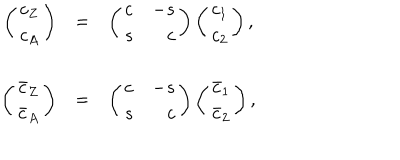
\begin{array} { r c l } { { \left( \begin{array} { c } { { c _ { Z } } } \\ { { c _ { A } } } \\ \end{array} \right) } } & { { = } } & { { \left( \begin{array} { l r } { { c } } & { { - s } } \\ { { s } } & { { c } } \\ \end{array} \right) \left( \begin{array} { c } { { c _ { 1 } } } \\ { { c _ { 2 } } } \\ \end{array} \right) , } } \\ { { \left( \begin{array} { c } { { \bar { c } _ { Z } } } \\ { { \bar { c } _ { A } } } \\ \end{array} \right) } } & { { = } } & { { \left( \begin{array} { l r } { { c } } & { { - s } } \\ { { s } } & { { c } } \\ \end{array} \right) \left( \begin{array} { c } { { \bar { c } _ { 1 } } } \\ { { \bar { c } _ { 2 } } } \\ \end{array} \right) , } } \\ \end{array}